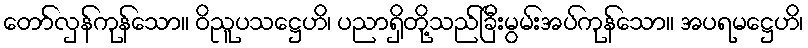
တော်လှန်ကုန်သော။ ဝိညူပသဋ္ဌေဟိ၊ ပညာရှိတို့သည်ခြီးမွမ်းအပ်ကုန်သော။ အပရမဋ္ဌေဟိ၊